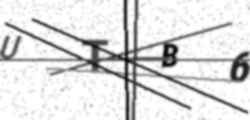
Text: UTB6